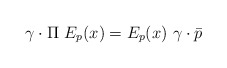
\begin{align*}\gamma \cdot \Pi~E_p(x) = E_p(x)~\gamma \cdot \bar{p}\end{align*}